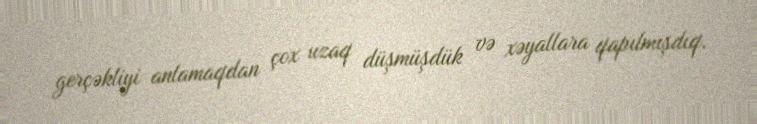
gerçəkliyi anlamaqdan çox uzaq düşmüşdük və xəyallara qapılmışdıq.